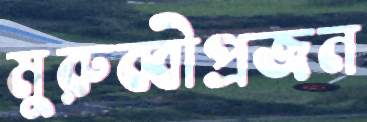
মুরুব্বীপ্রজন